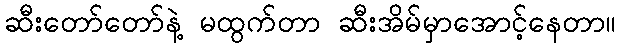
ဆီးတော်တော်နဲ့ မထွက်တာ ဆီးအိမ်မှာအောင့်နေတာ။